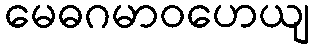
မေဓဂမာဝဟေယျ